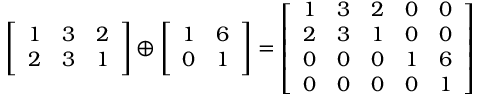
{ \left[ \begin{array} { l l l } { 1 } & { 3 } & { 2 } \\ { 2 } & { 3 } & { 1 } \end{array} \right] } \oplus { \left[ \begin{array} { l l } { 1 } & { 6 } \\ { 0 } & { 1 } \end{array} \right] } = { \left[ \begin{array} { l l l l l } { 1 } & { 3 } & { 2 } & { 0 } & { 0 } \\ { 2 } & { 3 } & { 1 } & { 0 } & { 0 } \\ { 0 } & { 0 } & { 0 } & { 1 } & { 6 } \\ { 0 } & { 0 } & { 0 } & { 0 } & { 1 } \end{array} \right] }